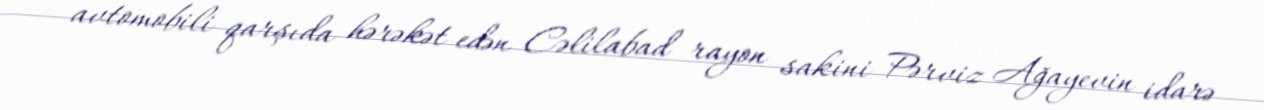
avtomobili qarşıda hərəkət edən Cəlilabad rayon sakini Pərviz Ağayevin idarə